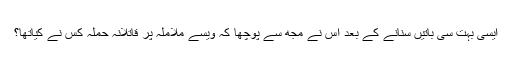
ایسی بہت سی باتیں سنانے کے بعد اس نے مجھ سے پوچھا کہ ویسے ملاملہ پر قاتلانہ حملہ کس نے کیاتھا؟